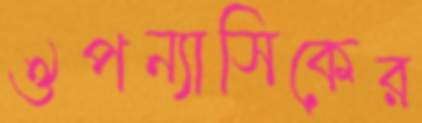
ঔপন্যাসিকের